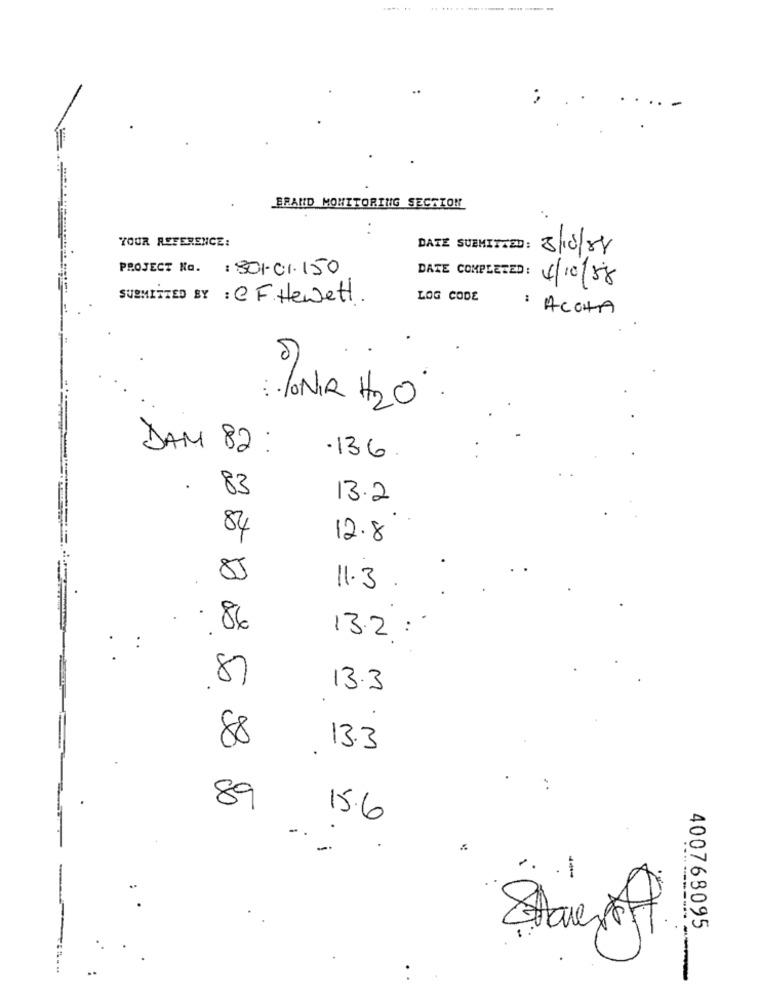
BRAND MONITORING SECTION
..
YOUR REFERENCE:
DATZ SUBMITTED: 3/10/88
PROJECT No. : 301-01.150
DATE COMPLETED: 4/10/88
SUBMITTED BY : CF.Hewett.
LOG CODE
: ACOHA
...
: /NR H2O
DAM 82 :
.136
.
83
13.2
84
12.8
85
11.3
86
13.2:
87
13.3
88
13.3
89
15.6
-.
--
--
Shares of
400768095
-